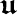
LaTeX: \boldsymbol{\mathfrak u}